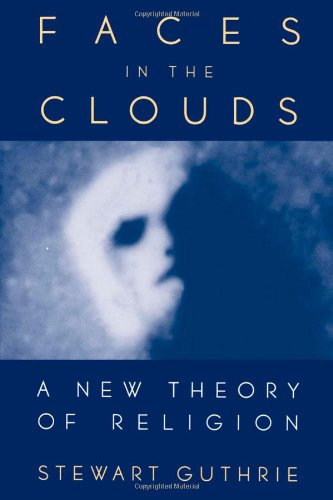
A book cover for Faces in the Clouds: A New Theory of Religion; Stewart Elliott Guthrie; Religion & Spirituality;